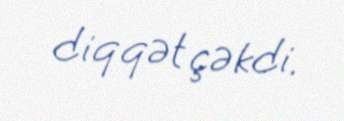
diqqət çəkdi.